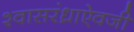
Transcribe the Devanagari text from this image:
श्वासरंध्राऐवजी